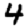
Digit: 4